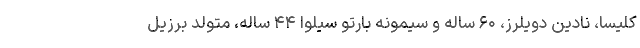
کلیسا، نادین دویلرز، ۶۰ ساله و سیمونه بارتو سیلوا ۴۴ ساله، متولد برزیل